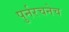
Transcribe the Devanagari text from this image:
पुर्नरचनेच